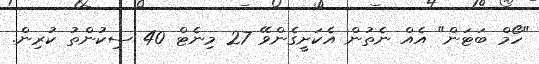
"ހޯމް ބަޓަން" އެއް ނެތުން އެކަށީގެންވޭ 27 މިނެޓް 40 ސިކުންތު ކުރިން.